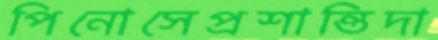
পিনোসেপ্রশান্তিদা